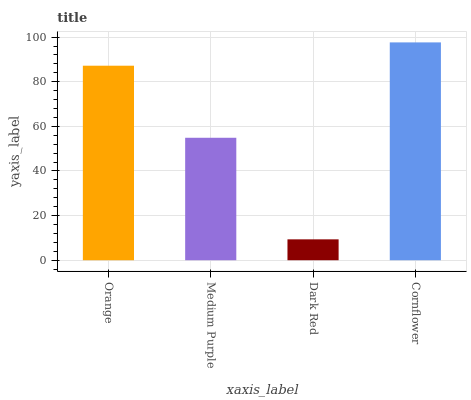
| xaxis_label | bars |
 | --- | --- |
 | Orange | 87.2 |
 | Medium Purple | 54.9 |
 | Dark Red | 9.36 |
 | Cornflower | 97.6 |